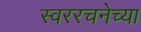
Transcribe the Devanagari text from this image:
स्वररचनेच्या